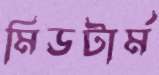
মিডটার্ম